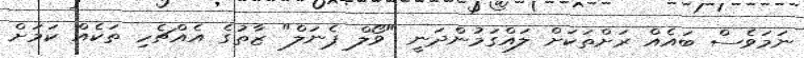
ނަމަވެސް ބައެއް ރަށްތަކަށް ލައްގަމުންދަނީ "ވޯލް ޕެނަލް" ޒާތުގެ އެއްޗެހި ތަކެއް ކަމަށް